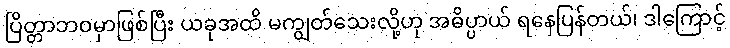
ပြိတ္တာဘဝမှာဖြစ်ပြီး ယခုအထိ မကျွတ်သေးလို့ဟု အဓိပ္ပာယ် ရနေပြန်တယ်၊ ဒါကြောင့်